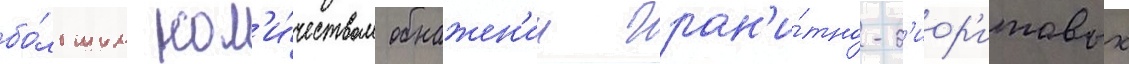
бо́льшим кол'и́чеством обнажен'ии гран'и́тно-д'иор'итовых